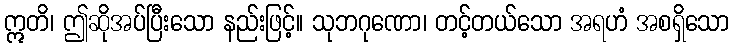
ဣတိ၊ ဤဆိုအပ်ပြီးသော နည်းဖြင့်။ သုဘဂုဏော၊ တင့်တယ်သော အရဟံ အစရှိသော